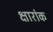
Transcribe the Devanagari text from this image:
क्षारांक